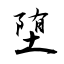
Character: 堕